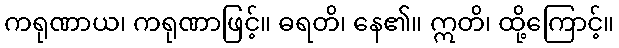
ကရုဏာယ၊ ကရုဏာဖြင့်။ ဓရတိ၊ နေ၏။ ဣတိ၊ ထို့ကြောင့်။